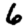
Digit: 6